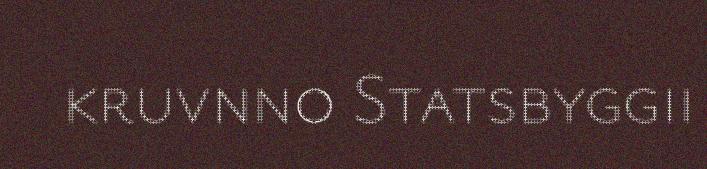
kruvnno Statsbyggii